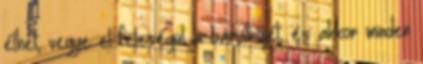
élhet, vegye el feleségül a barátnőjét, és akkor minden